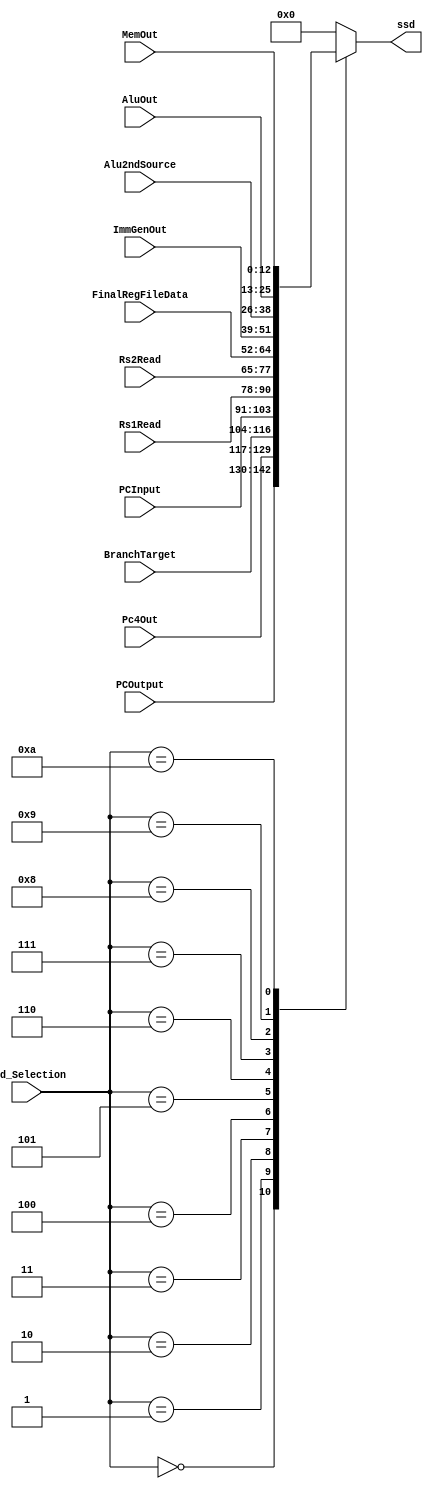
module SSDGenerator(
input [3:0] ssd_Selection,
input[12:0] PCOutput,
input[12:0] Pc4Out,
input[12:0] BranchTarget,
input[12:0] PCInput,
input[12:0] Rs1Read,
input[12:0] Rs2Read,
input[12:0] FinalRegFileData,
input[12:0] ImmGenOut,
input[12:0] Alu2ndSource,
input[12:0] AluOut,
input[12:0] MemOut,
output reg [12:0] ssd);
    always@(*) begin
        case(ssd_Selection)
            0: begin
                ssd= PCOutput;
            end
            1: begin
                ssd= Pc4Out;
            end
            2: begin
                ssd= BranchTarget;
            end
            3: begin
                ssd= PCInput;
            end
            4: begin
                ssd= Rs1Read;
            end
            5: begin
                ssd= Rs2Read;
            end
            6: begin
                ssd= FinalRegFileData;
            end
            7: begin
                ssd=  ImmGenOut;
            end
            8: begin
                ssd= Alu2ndSource;
            end
            9: begin
                ssd= AluOut;
            end
            10: begin
                ssd= MemOut;
            end
            default: begin
                ssd= 0;
            end
        endcase
    end
endmodule